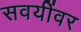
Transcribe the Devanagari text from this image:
सवयींवर